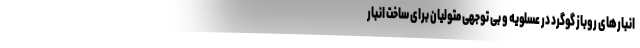
انبارهای روباز گوگرد در عسلویه و بی توجهی متولیان برای ساخت انبار